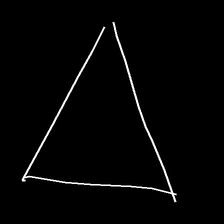
Glyph: convergence